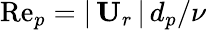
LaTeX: \mathrm{Re}_{p}=\vert\, \mathbf{U}_{r}\, \vert\, d_{p}/\nu